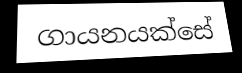
ගායනයක්සේ